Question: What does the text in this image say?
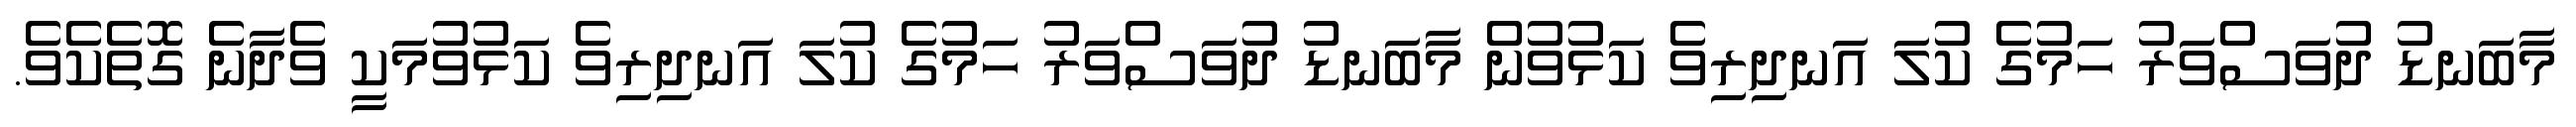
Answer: މާބަނޑު ދުވަސްވަރު ހަމުގެ ކުލަ އަނދިރިވެ ކަޅުވުން މާބަނޑު ދުވަސްވަރު ހަމުގެ ކުލަ އަނދިރިވެ ކަޅުވުމަކީ ވެދާނެ ގޮތެކެވެ.